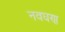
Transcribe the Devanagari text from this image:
नवघण